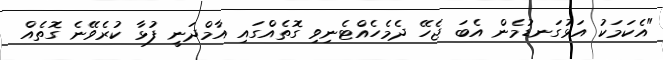
"އެކަމަކު އަޅުގަނޑުމެން އެބަ ޖެހޭ ދެމެހެއްޓެނިވި ގޮތެއްގައި އާމްދަނީ ފުޅާ ކުރެވޭނެ ގޮތެއް